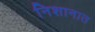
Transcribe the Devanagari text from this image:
निशानात